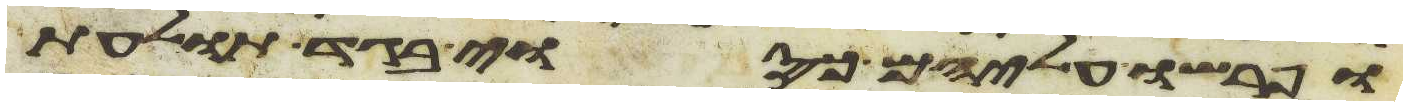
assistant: ופרשו עליהם כסוי בגד תולעת